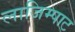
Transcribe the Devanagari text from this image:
लाजिम्पाट